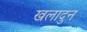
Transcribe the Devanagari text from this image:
खलादुन